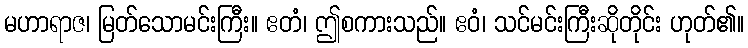
မဟာရာဇ၊ မြတ်သောမင်းကြီး။ ဧတံ၊ ဤစကားသည်။ ဧဝံ၊ သင်မင်းကြီးဆိုတိုင်း ဟုတ်၏။